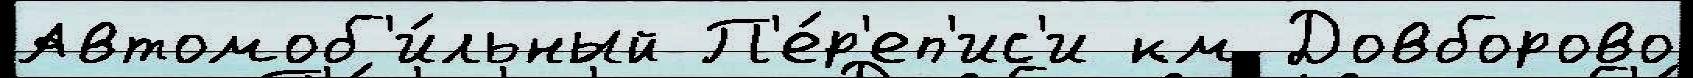
Автомоб'и́льный П'е́р'еп'ис'и км Довборово